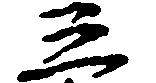
三